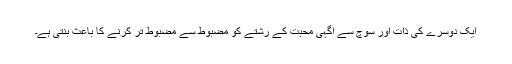
ایک دوسرے کی ذات اور سوچ سے آگہی محبت کے رشتے کو مضبوط سے مضبوط تر کرنے کا باعث بنتی ہے۔